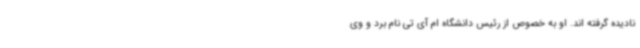
نادیده گرفته اند. او به خصوص از رئیس دانشگاه ام آی تی نام برد و وی